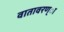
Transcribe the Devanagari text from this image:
वातावरण्ा